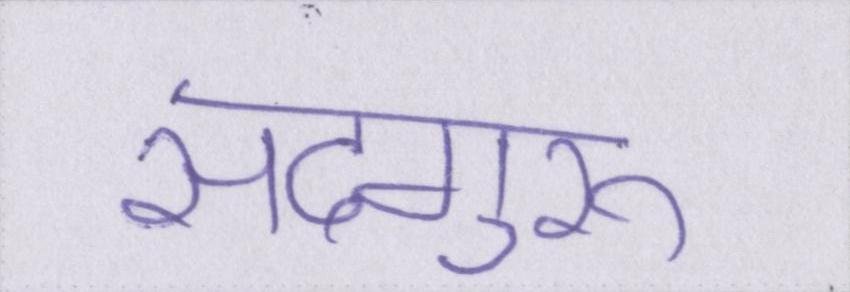
सदगुरू